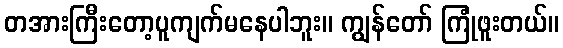
တအားကြီးတော့ပူကျက်မနေပါဘူး။ ကျွန်တော် ကြုံဖူးတယ်။